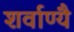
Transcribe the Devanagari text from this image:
शर्वाण्यै